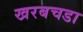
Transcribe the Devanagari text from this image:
खरबचडा